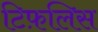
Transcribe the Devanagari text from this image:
टिफ़लिस